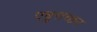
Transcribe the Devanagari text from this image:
एष़ुत्तच्छन